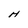
Character: H